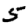
Digit: 5